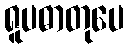
ရူပဓာတုပေ